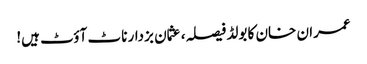
عمران خان کا بولڈ فیصلہ، عثمان بزدار ناٹ آؤٹ ہیں!